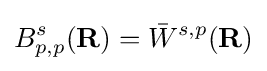
B_{p,p}^{s}(\mathbf {R} )={\bar {W}}^{s,p}(\mathbf {R} )